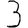
Digit: 3